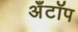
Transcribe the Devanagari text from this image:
अँटॉप